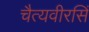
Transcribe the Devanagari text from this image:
चैत्यवीरसिं